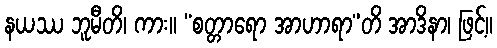
နယဿ ဘူမီတိ၊ ကား။ “စတ္တာရော အာဟာရာ”တိ အာဒိနာ၊ ဖြင့်။